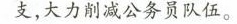
支，大力削减公务员队伍。